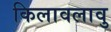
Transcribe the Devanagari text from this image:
किलावलावु